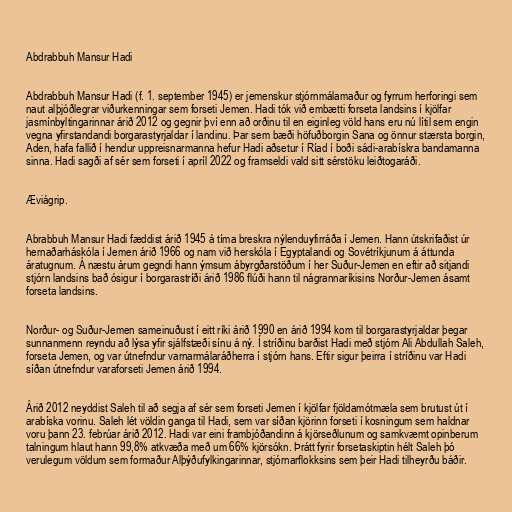
Abdrabbuh Mansur Hadi

Abdrabbuh Mansur Hadi (f. 1. september 1945) er jemenskur stjórnmálamaður og fyrrum herforingi sem
naut alþjóðlegrar viðurkenningar sem forseti Jemen. Hadi tók við embætti forseta landsins í kjölfar
jasmínbyltingarinnar árið 2012 og gegnir því enn að orðinu til en eiginleg völd hans eru nú lítil sem engin
vegna yfirstandandi borgarastyrjaldar í landinu. Þar sem bæði höfuðborgin Sana og önnur stærsta borgin,
Aden, hafa fallið í hendur uppreisnarmanna hefur Hadi aðsetur í Ríad í boði sádi-arabískra bandamanna
sinna. Hadi sagði af sér sem forseti í apríl 2022 og framseldi vald sitt sérstöku leiðtogaráði.

Æviágrip.

Abrabbuh Mansur Hadi fæddist árið 1945 á tíma breskra nýlenduyfirráða í Jemen. Hann útskrifaðist úr
hernaðarháskóla í Jemen árið 1966 og nam við herskóla í Egyptalandi og Sovétríkjunum á áttunda
áratugnum. Á næstu árum gegndi hann ýmsum ábyrgðarstöðum í her Suður-Jemen en eftir að sitjandi
stjórn landsins bað ósigur í borgarastríði árið 1986 flúði hann til nágrannaríkisins Norður-Jemen ásamt
forseta landsins.

Norður- og Suður-Jemen sameinuðust í eitt ríki árið 1990 en árið 1994 kom til borgarastyrjaldar þegar
sunnanmenn reyndu að lýsa yfir sjálfstæði sínu á ný. Í stríðinu barðist Hadi með stjórn Ali Abdullah Saleh,
forseta Jemen, og var útnefndur varnarmálaráðherra í stjórn hans. Eftir sigur þeirra í stríðinu var Hadi
síðan útnefndur varaforseti Jemen árið 1994.

Árið 2012 neyddist Saleh til að segja af sér sem forseti Jemen í kjölfar fjöldamótmæla sem brutust út í
arabíska vorinu. Saleh lét völdin ganga til Hadi, sem var síðan kjörinn forseti í kosningum sem haldnar
voru þann 23. febrúar árið 2012. Hadi var eini frambjóðandinn á kjörseðlunum og samkvæmt opinberum
talningum hlaut hann 99,8% atkvæða með um 66% kjörsókn. Þrátt fyrir forsetaskiptin hélt Saleh þó
verulegum völdum sem formaður Alþýðufylkingarinnar, stjórnarflokksins sem þeir Hadi tilheyrðu báðir.